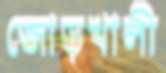
জোড়খালী